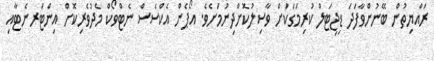
ރައްޔިތުން ބޭނުންވާފަދަ ޑިޖިޓަލް ކުރިމަގަކަށް ވާސިލުކޮށްދިނުމަށެވެ. އޯޕެން އެކްސެސް ނެޓްވޯކް މެދުވެރިކޮށް އިންޓަރނެޓާއި